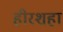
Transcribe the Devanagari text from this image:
हीरशहा